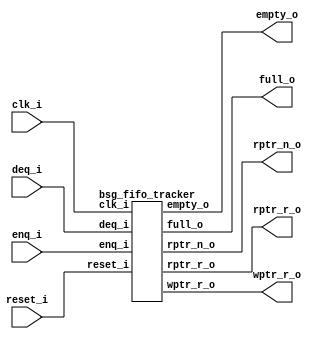
// This program was cloned from: https://github.com/chipsalliance/UHDM-integration-tests
// License: Apache License 2.0



module top
(
  clk_i,
  reset_i,
  enq_i,
  deq_i,
  wptr_r_o,
  rptr_r_o,
  rptr_n_o,
  full_o,
  empty_o
);

  output [5:0] wptr_r_o;
  output [5:0] rptr_r_o;
  output [5:0] rptr_n_o;
  input clk_i;
  input reset_i;
  input enq_i;
  input deq_i;
  output full_o;
  output empty_o;

  bsg_fifo_tracker
  wrapper
  (
    .wptr_r_o(wptr_r_o),
    .rptr_r_o(rptr_r_o),
    .rptr_n_o(rptr_n_o),
    .clk_i(clk_i),
    .reset_i(reset_i),
    .enq_i(enq_i),
    .deq_i(deq_i),
    .full_o(full_o),
    .empty_o(empty_o)
  );


endmodule



module bsg_circular_ptr_slots_p64_max_add_p1
(
  clk,
  reset_i,
  add_i,
  o,
  n_o
);

  input [0:0] add_i;
  output [5:0] o;
  output [5:0] n_o;
  input clk;
  input reset_i;
  wire [5:0] o,n_o,\genblk1.genblk1.ptr_r_p1 ;
  wire N0,N1,N2;
  reg o_5_sv2v_reg,o_4_sv2v_reg,o_3_sv2v_reg,o_2_sv2v_reg,o_1_sv2v_reg,o_0_sv2v_reg;
  assign o[5] = o_5_sv2v_reg;
  assign o[4] = o_4_sv2v_reg;
  assign o[3] = o_3_sv2v_reg;
  assign o[2] = o_2_sv2v_reg;
  assign o[1] = o_1_sv2v_reg;
  assign o[0] = o_0_sv2v_reg;
  assign \genblk1.genblk1.ptr_r_p1  = o + 1'b1;
  assign n_o = (N0)? \genblk1.genblk1.ptr_r_p1  : 
               (N1)? o : 1'b0;
  assign N0 = add_i[0];
  assign N1 = N2;
  assign N2 = ~add_i[0];

  always @(posedge clk) begin
    if(reset_i) begin
      o_5_sv2v_reg <= 1'b0;
      o_4_sv2v_reg <= 1'b0;
      o_3_sv2v_reg <= 1'b0;
      o_2_sv2v_reg <= 1'b0;
      o_1_sv2v_reg <= 1'b0;
      o_0_sv2v_reg <= 1'b0;
    end else if(1'b1) begin
      o_5_sv2v_reg <= n_o[5];
      o_4_sv2v_reg <= n_o[4];
      o_3_sv2v_reg <= n_o[3];
      o_2_sv2v_reg <= n_o[2];
      o_1_sv2v_reg <= n_o[1];
      o_0_sv2v_reg <= n_o[0];
    end 
  end


endmodule



module bsg_fifo_tracker
(
  clk_i,
  reset_i,
  enq_i,
  deq_i,
  wptr_r_o,
  rptr_r_o,
  rptr_n_o,
  full_o,
  empty_o
);

  output [5:0] wptr_r_o;
  output [5:0] rptr_r_o;
  output [5:0] rptr_n_o;
  input clk_i;
  input reset_i;
  input enq_i;
  input deq_i;
  output full_o;
  output empty_o;
  wire [5:0] wptr_r_o,rptr_r_o,rptr_n_o;
  wire full_o,empty_o,enq_r,deq_r,N0,equal_ptrs,sv2v_dc_1,sv2v_dc_2,sv2v_dc_3,
  sv2v_dc_4,sv2v_dc_5,sv2v_dc_6;
  reg deq_r_sv2v_reg,enq_r_sv2v_reg;
  assign deq_r = deq_r_sv2v_reg;
  assign enq_r = enq_r_sv2v_reg;

  bsg_circular_ptr_slots_p64_max_add_p1
  rptr
  (
    .clk(clk_i),
    .reset_i(reset_i),
    .add_i(deq_i),
    .o(rptr_r_o),
    .n_o(rptr_n_o)
  );


  bsg_circular_ptr_slots_p64_max_add_p1
  wptr
  (
    .clk(clk_i),
    .reset_i(reset_i),
    .add_i(enq_i),
    .o(wptr_r_o),
    .n_o({ sv2v_dc_1, sv2v_dc_2, sv2v_dc_3, sv2v_dc_4, sv2v_dc_5, sv2v_dc_6 })
  );

  assign equal_ptrs = rptr_r_o == wptr_r_o;
  assign N0 = enq_i | deq_i;
  assign empty_o = equal_ptrs & deq_r;
  assign full_o = equal_ptrs & enq_r;

  always @(posedge clk_i) begin
    if(reset_i) begin
      deq_r_sv2v_reg <= 1'b1;
      enq_r_sv2v_reg <= 1'b0;
    end else if(N0) begin
      deq_r_sv2v_reg <= deq_i;
      enq_r_sv2v_reg <= enq_i;
    end 
  end


endmodule